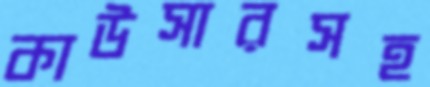
কাউসারসহ